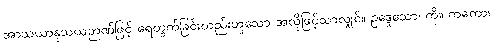
အာသယာနုသယဉာဏ်ဖြင့် ရေတွက်ခြင်းတည်းဟူသော အလိုဖြင့်သာလျှင်။ ဥဒ္ဒေသော၊ ကို။ ကတော၊